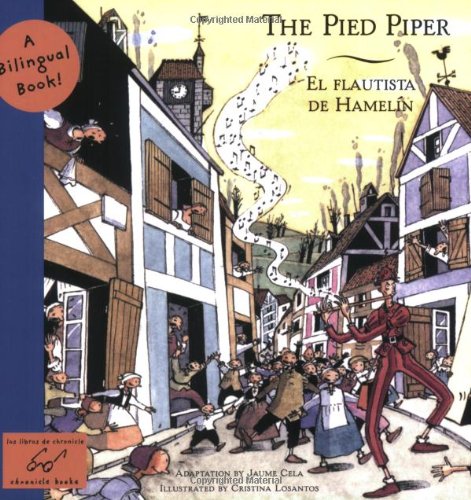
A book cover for El The Pied Piper / Flautista de Hamelin: A Bilingual Book (Bilingual Fairy Tales); Children's Books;